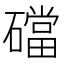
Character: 礑